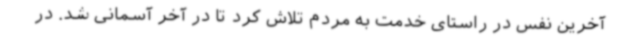
آخرین نفس در راستای خدمت به مردم تلاش کرد تا در آخر آسمانی شد. در